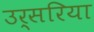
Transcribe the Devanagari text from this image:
उर्सरिया